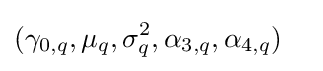
(\gamma _{0,q},\mu _{q},\sigma _{q}^{2},\alpha _{3,q},\alpha _{4,q})\quad